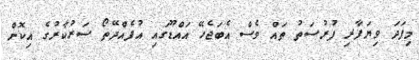
މިފަދަ ވިޔަފާރި ފުރުސަތު ތައް ވެސް އެބަޖެހޭ އައްޑޫގައި އުފެއްދޭތޯ ސަރުކާރުގެ އިކޮން